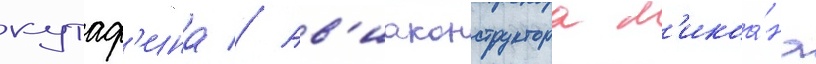
кутаф'ина // Ав'иаконструктора м'икоа́на